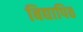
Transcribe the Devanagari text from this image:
बिद्यापिठ